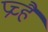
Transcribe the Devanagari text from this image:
प्रच्है